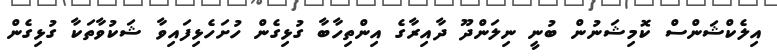
އިލެކްޝަންސް ކޮމިޝަނުން ބުނީ ނިލަންދޫ ދާއިރާގެ އިންތިހާބާ ގުޅިގެން ހުށަހެޅިފައިވާ ޝަކުވާތަކާ ގުޅިގެން